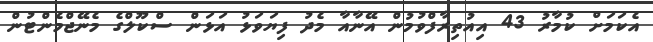
އެކަމަށް ކުމާރު 43 އިއުތިރާފްވުމުން އޭނާއާ މެދު ފިޔަވަޅު އަޅަން ސްކޫލްގެ މެނޭޖްމެންޓުން